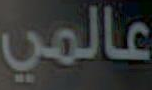
عالمي